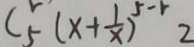
C _ { 5 } ^ { r } ( x + \frac { 1 } { x } ) ^ { 5 - r } 2